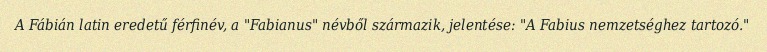
A Fábián latin eredetű férfinév, a "Fabianus" névből származik, jelentése: "A Fabius nemzetséghez tartozó."